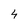
Character: 4